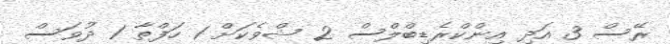
ރޭސް 3 އަދި އިންކްރެޑިބްލްސް 2 ޝްވެކަށް 1 ހަފްތާ 1 ދުވަސް